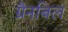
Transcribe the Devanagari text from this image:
ग्रैनबिल